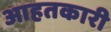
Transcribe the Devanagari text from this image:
आहतकारी